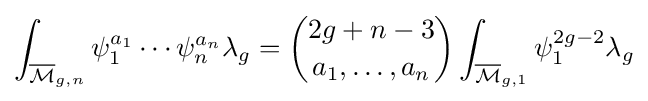
\int _{{\overline {\mathcal {M}}}_{g,n}}\psi _{1}^{a_{1}}\cdots \psi _{n}^{a_{n}}\lambda _{g}={\binom {2g+n-3}{a_{1},\ldots ,a_{n}}}\int _{{\overline {\mathcal {M}}}_{g,1}}\psi _{1}^{2g-2}\lambda _{g}